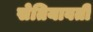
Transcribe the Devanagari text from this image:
सेतियावती